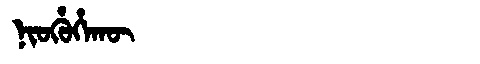
Manchu: ᠨᡳᠣᡥᡠᡥᠠᡴᡡ
Romanization: NIOHUHAKŪ